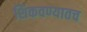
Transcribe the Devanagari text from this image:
शिकवण्यातच